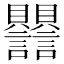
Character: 𧮣